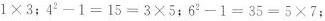
1×3$$；$$4^{2}-1=15=3×5$$；$$6^{2}-1=35=5×7$$；